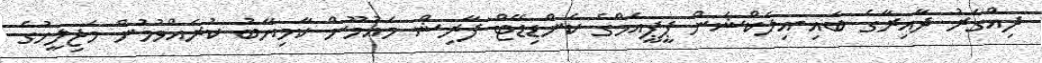
ދިއްގަރު ދާއިރާގެ ބައި-އިލެކްޝަން ޕީޕީއެމްގެ ކެންޑިޑޭޓް ފާރިޝް މައުމޫން ކާމިޔާބު ކުރެއްވުމުން މަޖިލީހުގެ